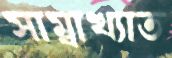
সাম্বাখ্যাত